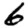
Digit: 6